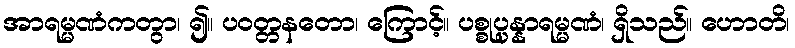
အာရမ္မဏံကတွာ၊ ၍။ ပဝတ္တနတော၊ ကြောင့်။ ပစ္စုပ္ပန္နာရမ္မဏံ၊ ရှိသည်။ ဟောတိ၊